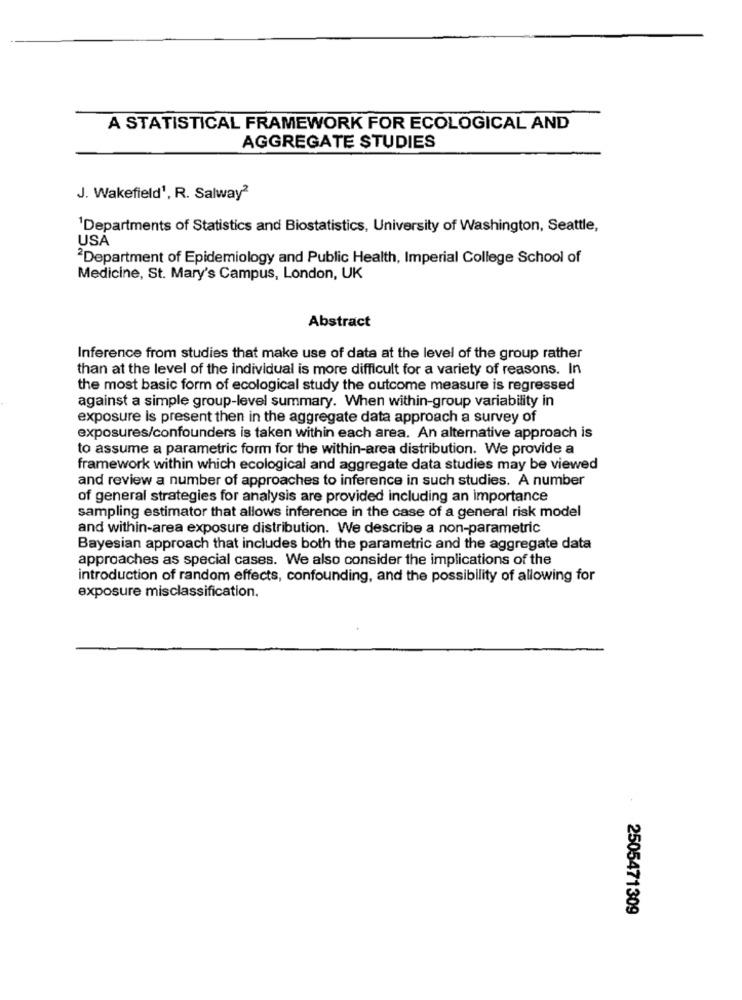
A STATISTICAL FRAMEWORK FOR ECOLOGICAL AND
AGGREGATE STUDIES
J. Wakefield1, R. Salway2
'Departments of Statistics and Biostatistics, University of Washington, Seattle,
USA
Department of Epidemiology and Public Health, Imperial College School of
Medicine, St. Mary's Campus, London, UK
Abstract
Inference from studies that make use of data at the level of the group rather
than at the level of the individual is more difficult for a variety of reasons. In
the most basic form of ecological study the outcome measure is regressed
against a simple group-level summary. When within-group variability in
exposure is present then in the aggregate data approach a survey of
exposures/confounders is taken within each area. An alternative approach is
to assume a parametric form for the within-area distribution. We provide a
framework within which ecological and aggregate data studies may be viewed
and review a number of approaches to inference in such studies. A number
of general strategies for analysis are provided including an importance
sampling estimator that allows inference in the case of a general risk model
and within-area exposure distribution. We describe a non-parametric
Bayesian approach that includes both the parametric and the aggregate data
approaches as special cases. We also consider the implications of the
introduction of random effects, confounding, and the possibility of allowing for
exposure misclassification.
2505471309